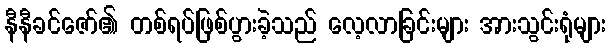
နီနီခင်ဇော်၏ တစ်ရပ်ဖြစ်ပွားခဲ့သည် လေ့လာခြင်းများ အားသွင်းရုံများ